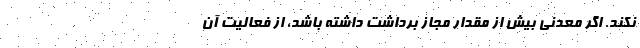
نکند. اگر معدنی بیش از مقدار مجاز برداشت داشته باشد، از فعالیت آن